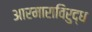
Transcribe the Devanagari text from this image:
आरमाराविरुद्ध